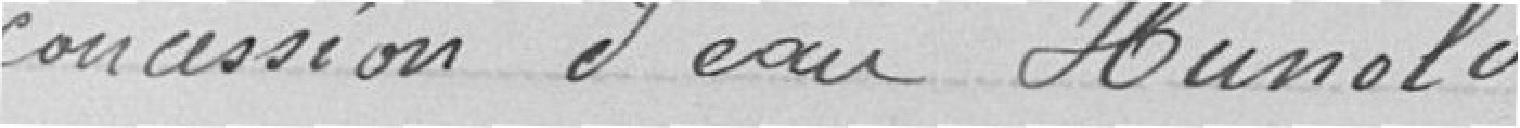
concession d'au Hunold